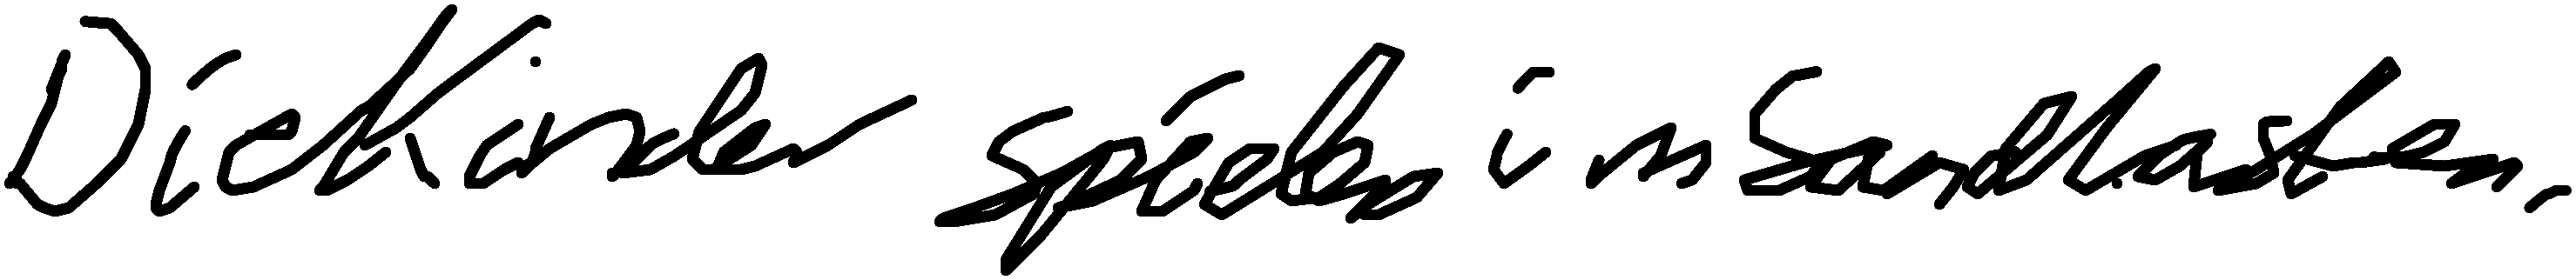
Die Kinder spielen im Sandkasten.